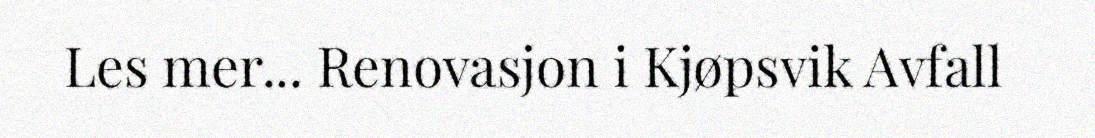
Les mer... Renovasjon i Kjøpsvik Avfall